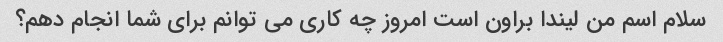
سلام اسم من لیندا براون است امروز چه کاری می توانم برای شما انجام دهم؟